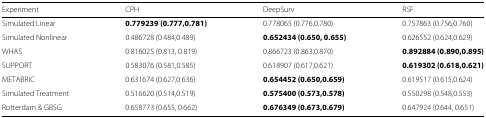
| Experiment | CPH | DeepSurv | RSF |
 | --- | --- | --- | --- |
 | Simulated Linear | 0.779239 (0.777,0.781) | 0.778065 (0.776,0.780) | 0.757863 (0.756,0.760) |
 | Simulated Nonlinear | 0.486728 (0.484,0.489) | 0.652434 (0.650, 0.655) | 0.626552 (0.624,0.629) |
 | WHAS | 0.816025 (0.813, 0.819) | 0.866723 (0.863,0.870) | 0.892884 (0.890,0.895) |
 | SUPPORT | 0.583076 (0.581,0.585) | 0.618907 (0.617,0.621) | 0.619302 (0.618,0.621) |
 | METABRIC | 0.631674 (0.627,0.636) | 0.654452 (0.650,0.659) | 0.619517 (0.615,0.624) |
 | Simulated Treatment | 0.516620 (0.514,0.519) | 0.575400 (0.573,0.578) | 0.550298 (0.548,0.553) |
 | Rotterdam & GBSG | 0.658773 (0.655, 0.662) | 0.676349 (0.673,0.679) | 0.647924 (0.644, 0.651) |